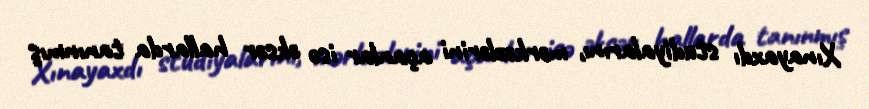
Xınayaxdı studiyalarını, mərkəzlərini açanlar isə əksər hallarda tanınmış